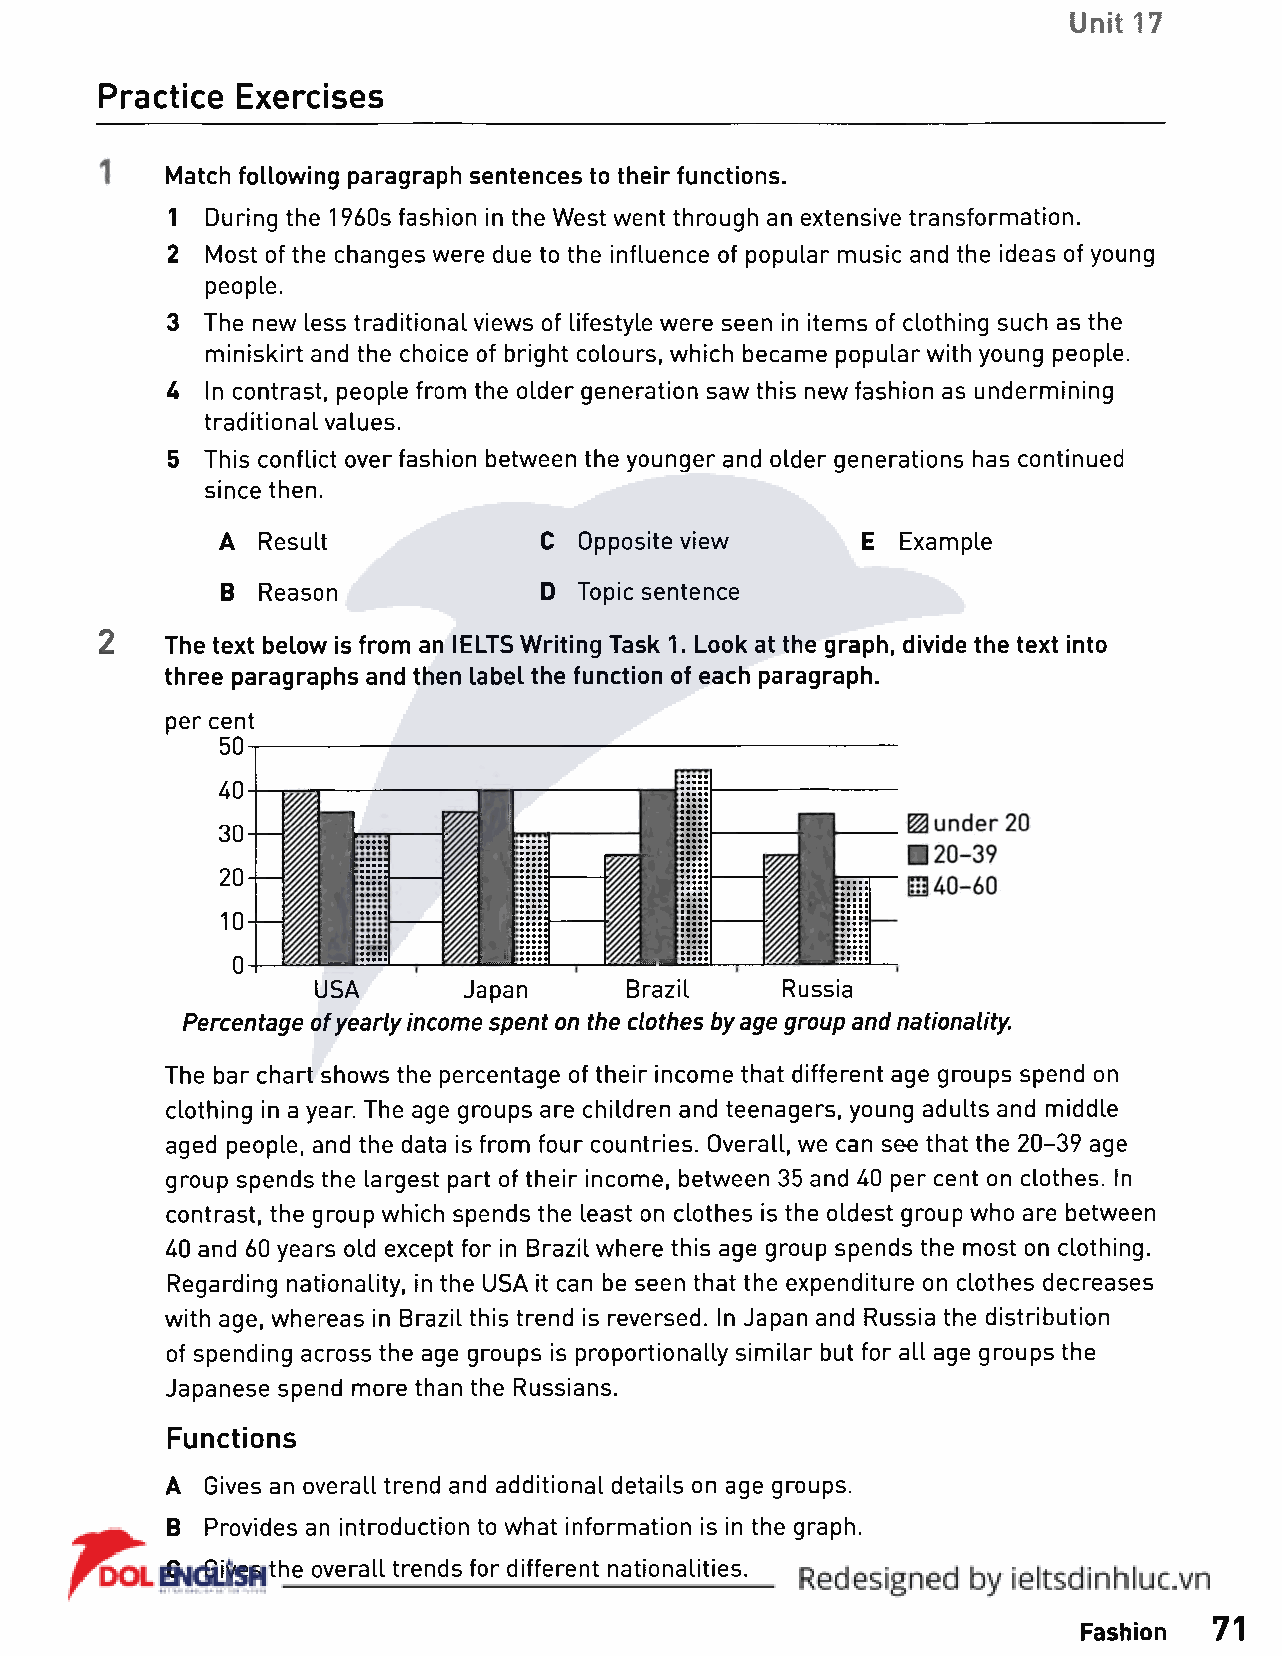
Unit 17
 Practice Exercises
 Match following paragraph sentences to their functions.
 1  During the 1960s fashion in the West went through an extensive transformation.
 2  Most of the changes were due to the influence of popular music and the ideas of young
 people.
 3  The new less traditional views of lifestyle were seen in items of clothing such as the
 miniskirt and the choice of bright colours, which became popular with young people.
 U  In contrast, people from the older generation saw this new fashion as undermining
 traditional values.
 5  This conflict over fashion between the younger and older generations has continued
 since then.
 A Result       C  Opposite view            E Example
 B Reason       D Topic sentence
 2   The text below is from an IELTS Writing Task 1. Look at the graph, divide the text into
 three paragraphs and then label the function of each paragraph.
 per cent
 50
 40
 30
 20
 10
 0
 USA       Japan     Brazil     Russia
 Percentage of yearly income spent on the clothes by age group and nationality.
 The bar chart shows the percentage of their income that different age groups spend on
 clothing in a year. The age groups are children and teenagers, young adults and middle
 aged people, and the data is from four countries. Overall, we can see that the 20-39 age
 group spends the largest part of their income, between 35 and 40 per cent on clothes. In
 contrast, the group which spends the least on clothes is the oldest group who are between
 40 and 60 years old except for in Brazil where this age group spends the most on clothing.
 Regarding nationality, in the USA it can be seen that the expenditure on clothes decreases
 with age, whereas in Brazil this trend is reversed. In Japan and Russia the distribution
 of spending across the age groups is proportionally similar but for all age groups the
 Japanese spend more than the Russians.
 Functions
 A  Gives an overall trend and additional details on age groups.
 B  Provides an introduction to what information is in the graph.
 C  Gives the overall trends for different nationalities.
 Fashion 71